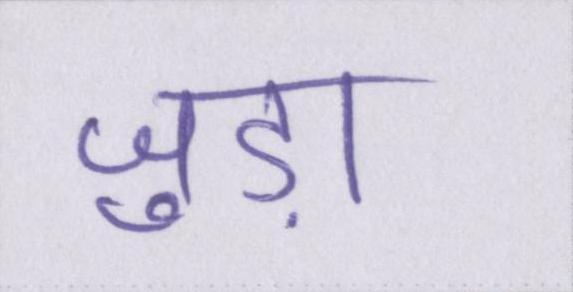
जुड़ा